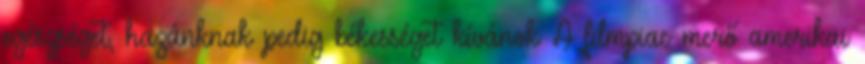
egészséget, hazánknak pedig békességet kívánok A filmpiac merő amerikai